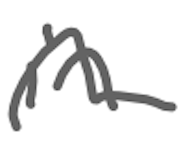
Text: in
Cross-out: wave
Writing tool: digital_gray